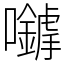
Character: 𡅈